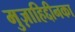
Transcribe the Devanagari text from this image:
मुज़ाहिद्दीनका